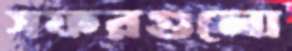
সফরগুলো